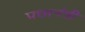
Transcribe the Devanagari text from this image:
प्रधानंत्री